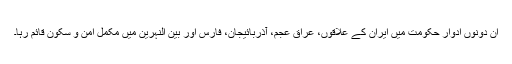
اِن دونوں اَدوارِ حکومت میں ایران کے علاقوں، عراق عجم، آذربائیجان، فارس اور بین النہرین میں مکمل امن و سکون قائم رہا۔